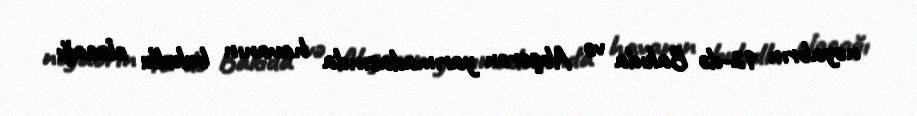
noyabrın 12-də Bakıda və Abşeron yarımadasında havanın buludlu olacağı